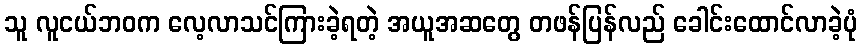
သူ လူငယ်ဘဝက လေ့လာသင်ကြားခဲ့ရတဲ့ အယူအဆတွေ တဖန်ပြန်လည် ခေါင်းထောင်လာခဲ့ပုံ